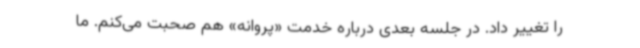
را تغییر داد. در جلسه بعدی درباره خدمت «پروانه» هم صحبت می‌کنم. ما